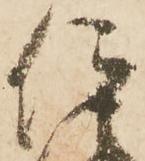
仰